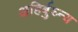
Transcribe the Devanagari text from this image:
अहिर्बुघ्न्य